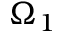
\Omega _ { 1 }